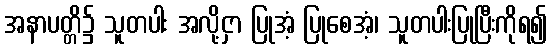
အနာပတ္တိ၌ သူတပါး အလို့ငှာ ပြုအံ့ ပြုစေအံ့၊ သူတပါးပြုပြီးကိုရ၍